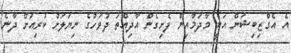
އެ އެގްޒިބިޝަން އަކީ މާދަމާއިން ފެށިގެން އާދިއްތަ ދުވަހުގެ ނިޔަލަށް ކުރިއަށް ދާނެ